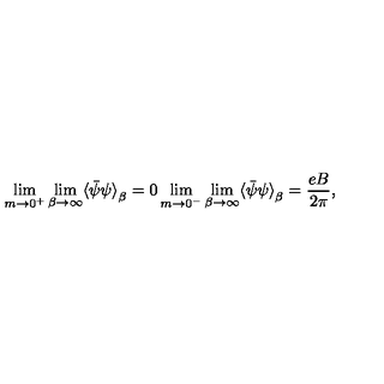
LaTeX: \lim _ { m \rightarrow 0 ^ { + } } \lim _ { \beta \rightarrow \infty } \langle { \bar { \psi } } \psi { \rangle } _ { \beta } = 0 \lim _ { m \rightarrow 0 ^ { - } } \lim _ { \beta \rightarrow \infty } \langle { \bar { \psi } } \psi { \rangle } _ { \beta } = \frac { e B } { 2 \pi } ,